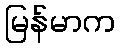
မြန်မာက